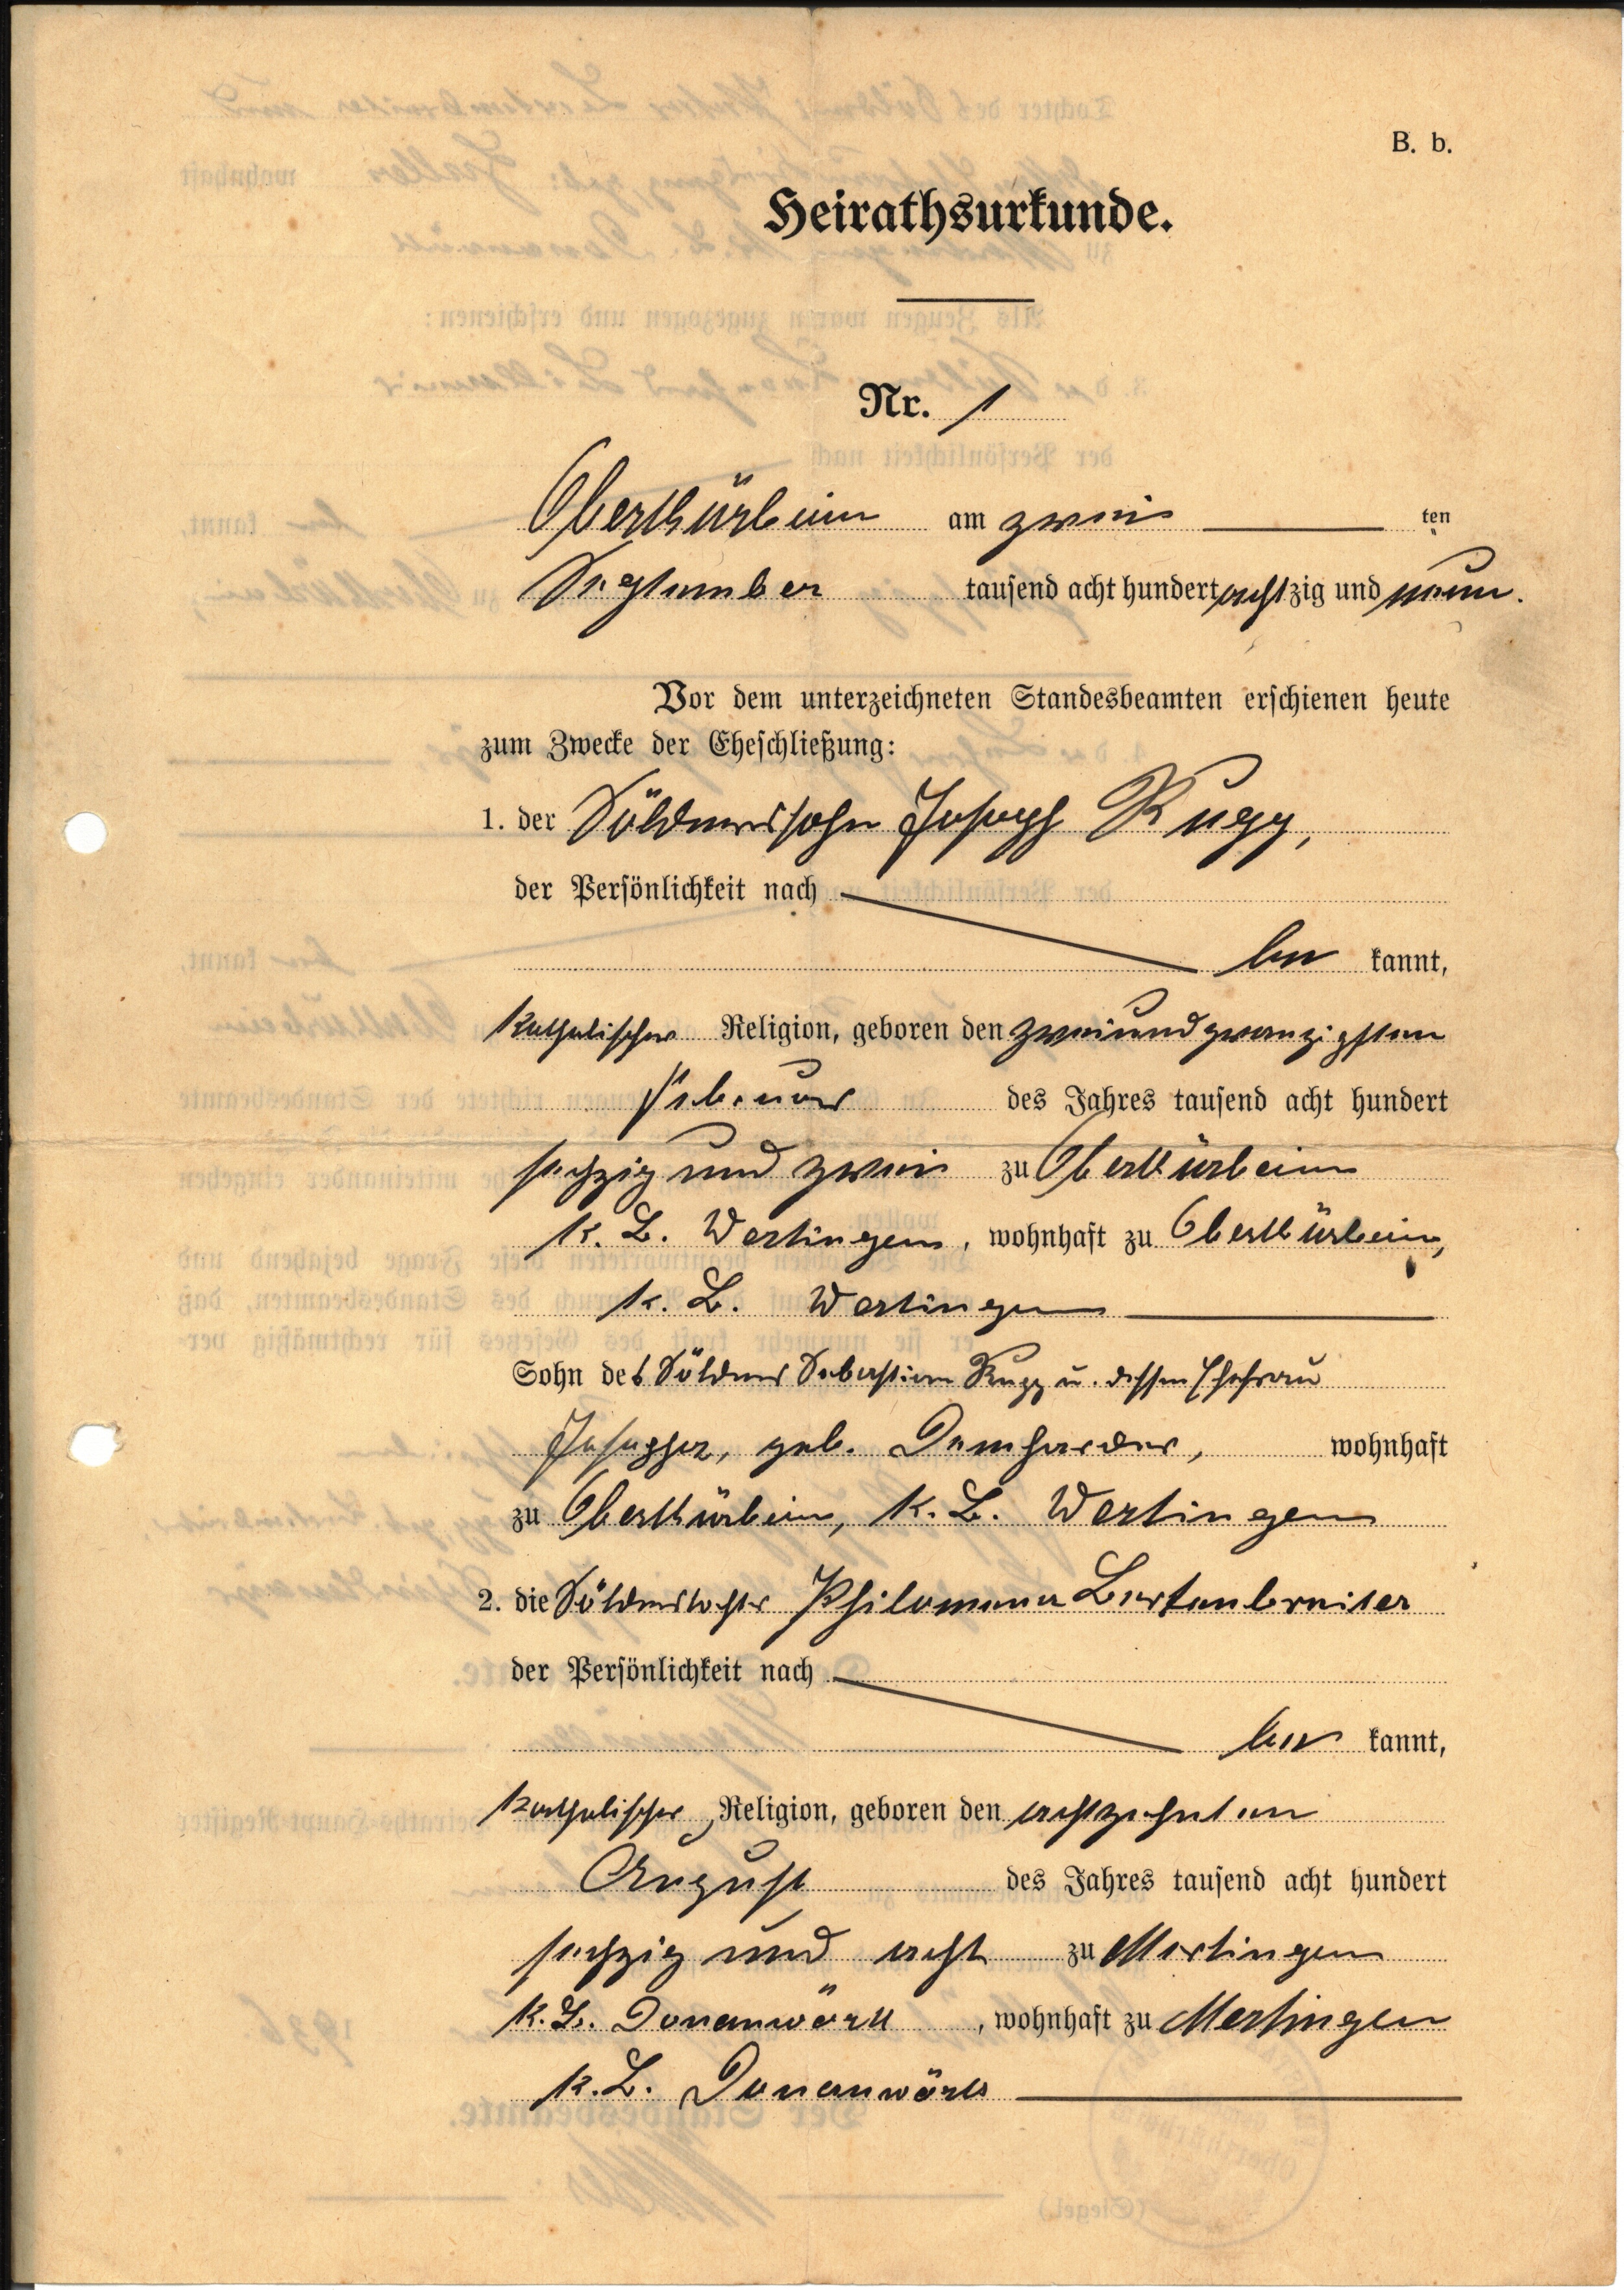
1
Oberthürheim zwei
September acht neun
Söldnersohn Joseph Rupp
be
katholischer zweiundzwanzigsten
Februar
sechzig und zwei Oberthürheim
K. B. Wertingen, Oberthürheim
K. B. Wertingen
Sohn des Söldners Sebastian Rupp u. dessen Ehefrau
Josepha, geb. Domharder
Oberthürheim, K. B. Wertingen
Söldnertochter Philomena Bertenbreiter
be
katholischer achtzehnten
August
sechzig und acht zu Wertingen
K. B. Donauwörth Wertingen
K. B. Donauwörth